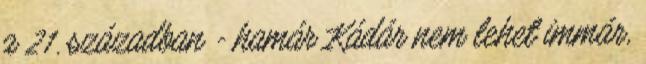
a 21. században - hamár Kádár nem lehet immár,